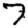
Digit: 7